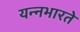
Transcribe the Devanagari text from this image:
यन्नभारते